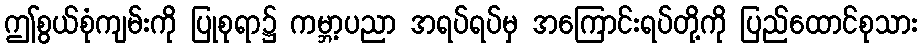
ဤစွယ်စုံကျမ်းကို ပြုစုရာ၌ ကမ္ဘာ့ပညာ အရပ်ရပ်မှ အကြောင်းရပ်တို့ကို ပြည်ထောင်စုသား